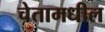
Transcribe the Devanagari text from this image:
चेतामधील